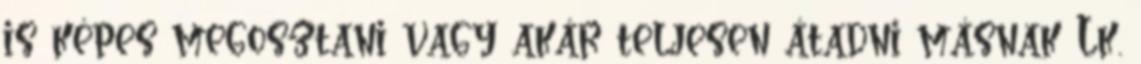
is képes megosztani vagy akár teljesen átadni másnak Lk.